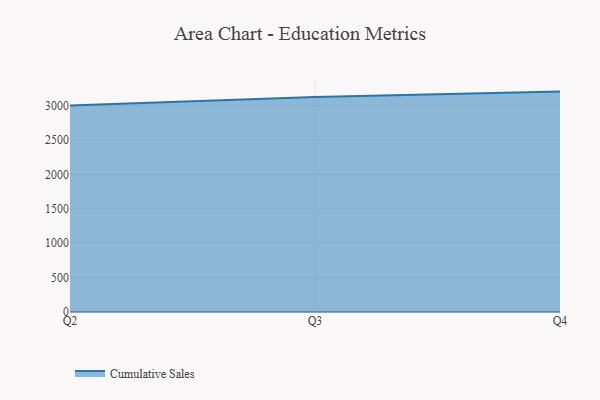
{"axis": {"x": "Quarter", "y": "Page Views"}, "legend": ["Cumulative Sales"], "data": [{"x": "Q2", "y": 3002.1, "type": "Cumulative Sales"}, {"x": "Q3", "y": 3125.6, "type": "Cumulative Sales"}, {"x": "Q4", "y": 3204.3, "type": "Cumulative Sales"}]}